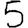
Digit: 5